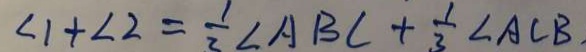
\angle 1 + \angle 2 = \frac { 1 } { 3 } \angle A B C + \frac { 1 } { 3 } \angle A C B